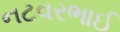
નટવરભાઈ